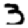
Digit: 3